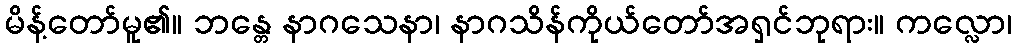
မိန့်တော်မူ၏။ ဘန္တေ နာဂသေနာ၊ နာဂသိန်ကိုယ်တော်အရှင်ဘုရား။ ကလ္လော၊